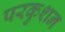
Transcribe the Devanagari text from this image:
परकुशन